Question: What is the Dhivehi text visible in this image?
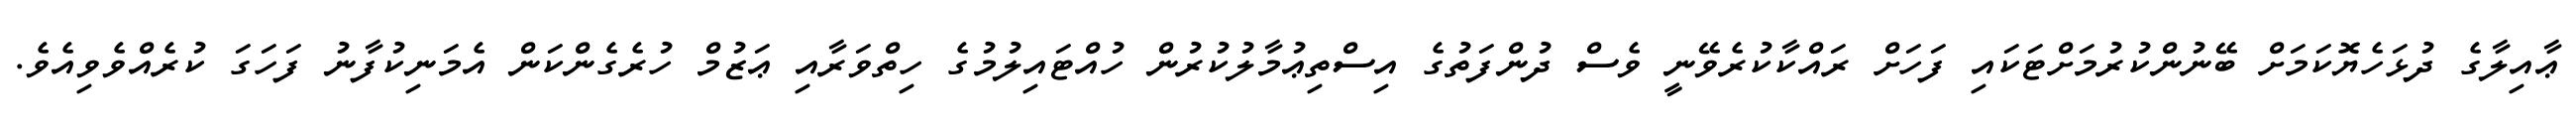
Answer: ޢާއިލާގެ ދުޅަހެޔޮކަމަށް ބޭނުންކުރުމަށްޓަކައި ފަހަށް ރައްކާކުރެވޭނީ ވެސް ދުންފަތުގެ އިސްތިޢުމާލުކުރުން ހުއްޓައިލުމުގެ ހިތްވަރާއި ޢަޒުމް ހުރެގެންކަން އެމަނިކުފާނު ފަހަގަ ކުރެއްވެވިއެވެ.